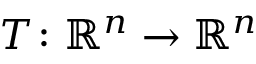
T \colon \mathbb { R } ^ { n } \to \mathbb { R } ^ { n }